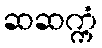
ဆဆက္ကံ